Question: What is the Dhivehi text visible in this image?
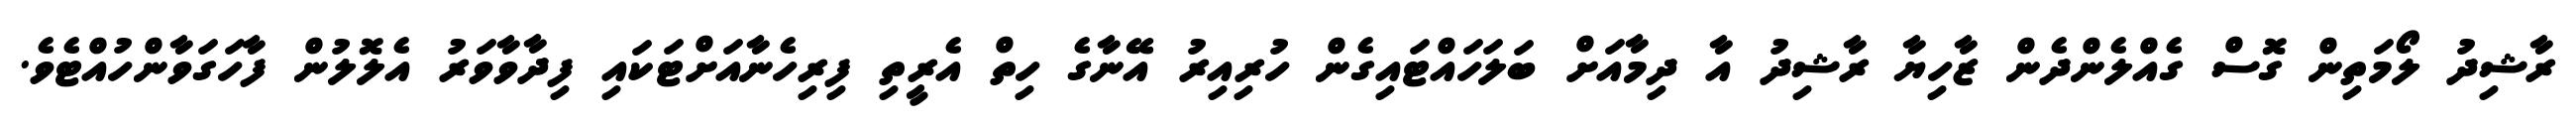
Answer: ރާޝިދު ލޯމަތިން ގޮސް ގެއްލެންދެން ޒާހިޔާ ރާޝިދު އާ ދިމާއަށް ބަލަހައްޓައިގެން ހުރިއިރު އޭނާގެ ހިތް އެރީތި ފިރިހެނާއަށްޓަކައި ފިދާވާވަރު އެލޮލުން ފާހަގަވާންހުއްޓެވެ.